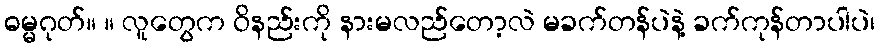
ဓမ္မဂုတ်။ ။ လူတွေက ဝိနည်းကို နားမလည်တော့လဲ မခက်တန်ပဲနဲ့ ခက်ကုန်တာပါပဲ၊